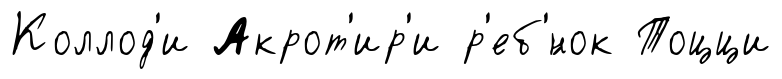
Коллод'и Акрот'ир'и р'еб'́нок Тоцци